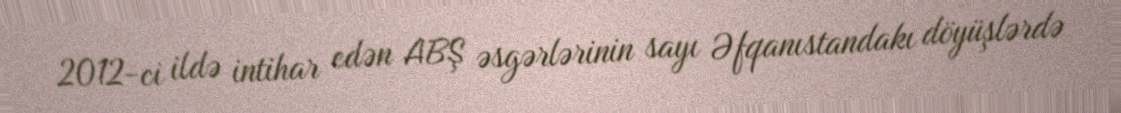
2012-ci ildə intihar edən ABŞ əsgərlərinin sayı Əfqanıstandakı döyüşlərdə